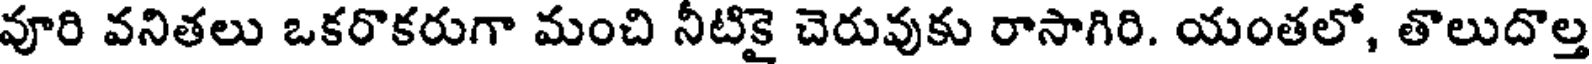
వూరి వనితలు ఒకరొకరుగా మంచి నీటికై చెరువుకు రాసాగిరి. యంతలో, తొలుదొల్త